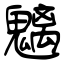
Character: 魑